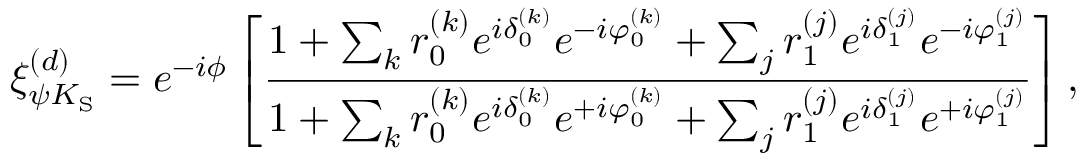
\xi _ { \psi K _ { \mathrm { S } } } ^ { ( d ) } = e ^ { - i \phi } \left[ \frac { 1 + \sum _ { k } r _ { 0 } ^ { ( k ) } e ^ { i \delta _ { 0 } ^ { ( k ) } } e ^ { - i \varphi _ { 0 } ^ { ( k ) } } + \sum _ { j } r _ { 1 } ^ { ( j ) } e ^ { i \delta _ { 1 } ^ { ( j ) } } e ^ { - i \varphi _ { 1 } ^ { ( j ) } } } { 1 + \sum _ { k } r _ { 0 } ^ { ( k ) } e ^ { i \delta _ { 0 } ^ { ( k ) } } e ^ { + i \varphi _ { 0 } ^ { ( k ) } } + \sum _ { j } r _ { 1 } ^ { ( j ) } e ^ { i \delta _ { 1 } ^ { ( j ) } } e ^ { + i \varphi _ { 1 } ^ { ( j ) } } } \right] ,